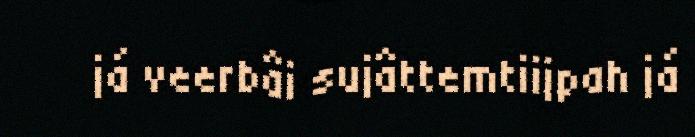
já veerbâi sujâttemtiijpah já